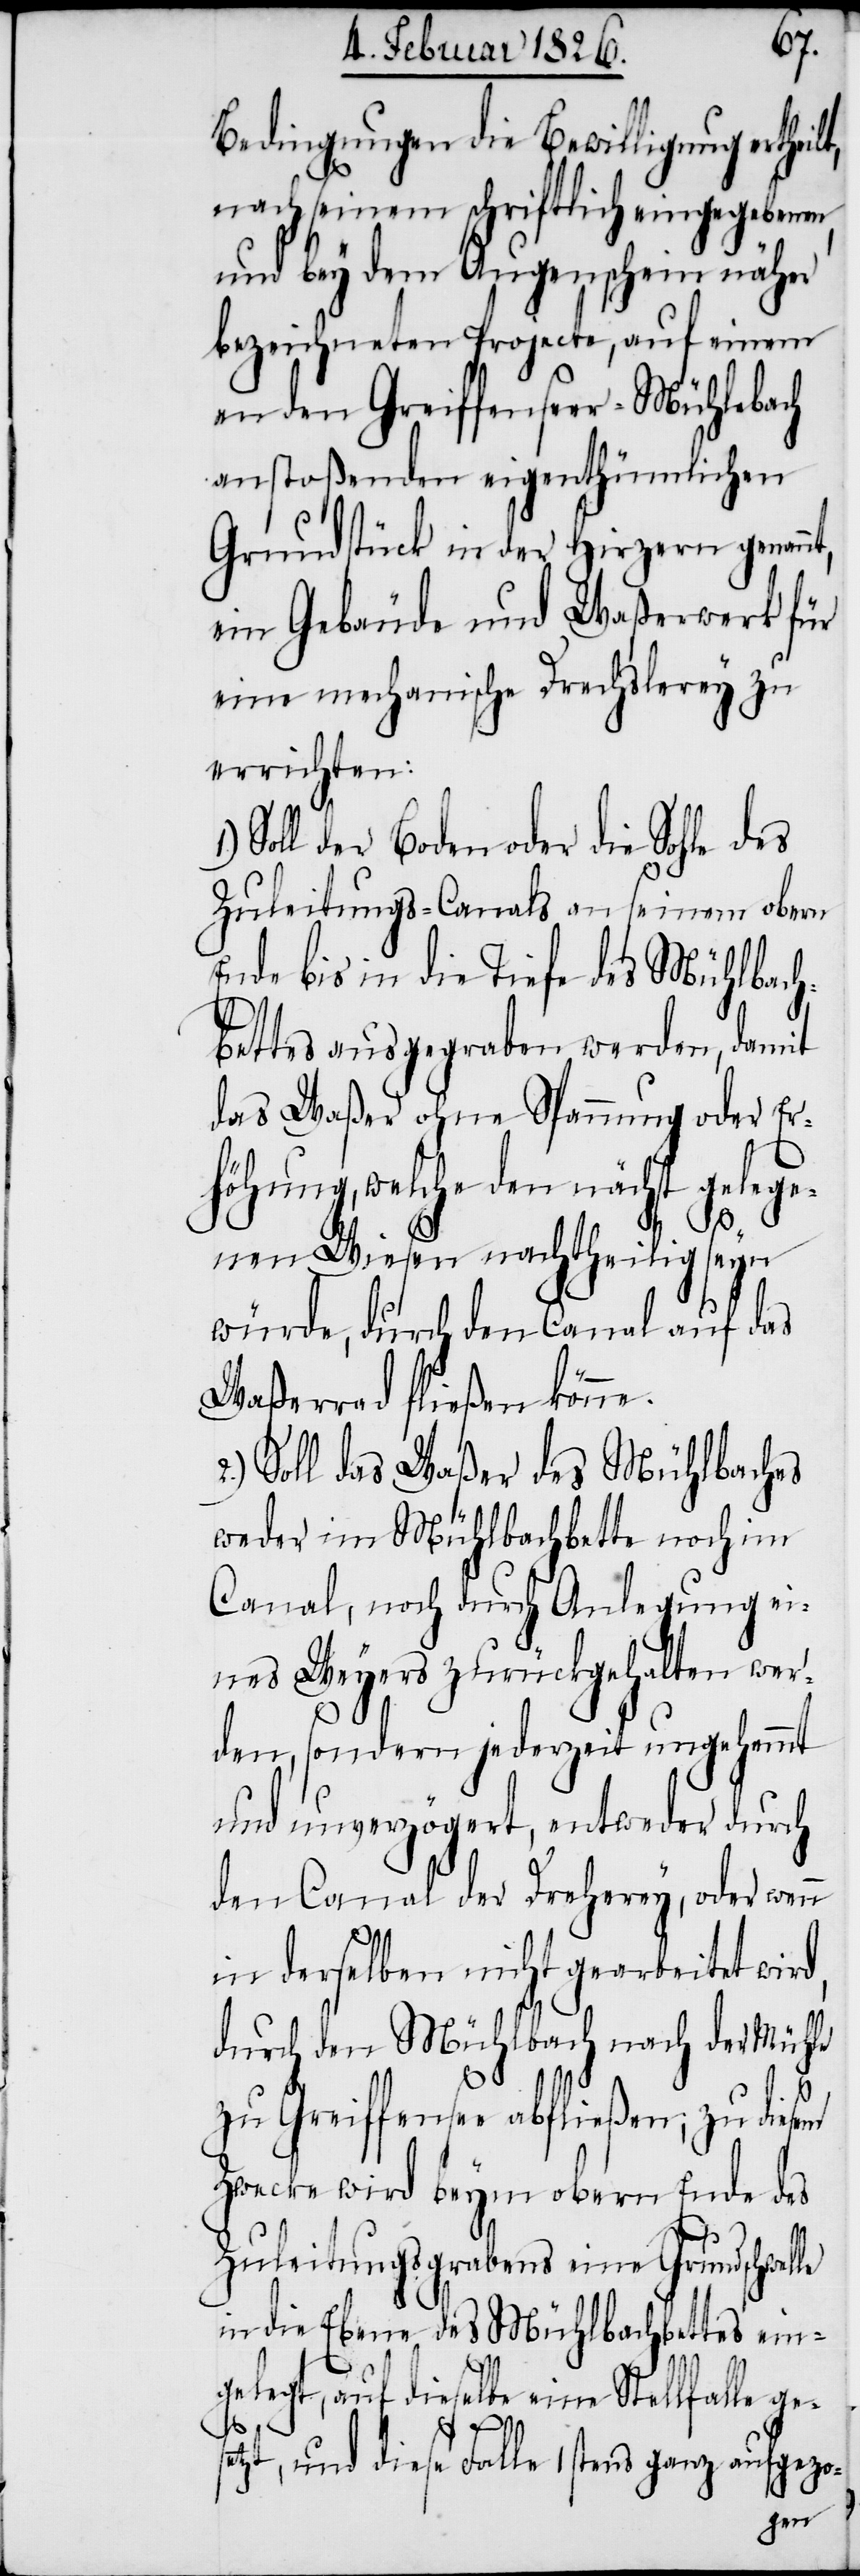
Bedingungen die Bewilligung ertheilt,
nach seinem schriftlich eingegebenen
und bey dem Augenschein näher
bezeichneten Projecte, auf einem
an den Greiffenseer-Mühlebach
anstoßenden eigenthümlichen
Grundstück in der Hirzern genann¬
ein Gebäude und Waßerwerk für
eine mechanische Drechslerey zu
errichten:
Soll der Boden oder die Sohle des
Zuleitungs-Canals an seinem obern
Ende bis in die Tiefe des Mühlbach¬
bettes ausgegraben werden, damit
das Waßer ohne Spannung oder Er¬
höhung, welche den nächst gelege¬
t,
sem
nen Wiesen nachtheilig seyn
würde, durch den Canal auf das
Waßerrad fließen könne.
Soll das Waßer des Mühlbaches
weder im Mühlbachbette noch im
Canal, noch durch Anlegung ei¬
nes Weyers zurückgehalten wer¬
den, sondern jederzeit ungehemmt
und unverzögert, entweder durch
den Canal der Dreherey, oder wenn
in derselben nicht gearbeitet wird,
durch den Mühlbach nach der Mühle
zu Greiffensee abfließen; zu die¬
Zwecke wird beym obern Ende des
Zuleitungsgrabens eine Grundschwelle
in die Ebene des Mühlbachbettes ein¬
gelegt, auf dieselbe eine Stellfalle ges¬
etzt, und diese Falle 1stens ganz aufgezo-